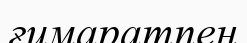
ғимаратпен